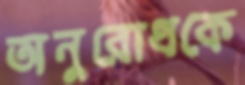
অনুরোধকে